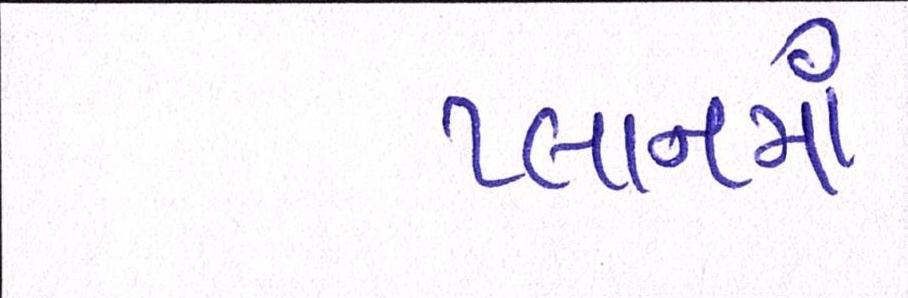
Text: પ્લાનમાં